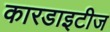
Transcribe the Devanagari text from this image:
कारडाइटीज